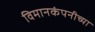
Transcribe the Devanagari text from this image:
विमानकंपनीच्या